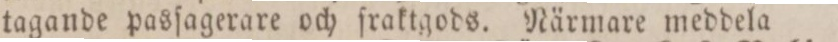
tagande pasſagerare och fraktgods. Närmare meddela